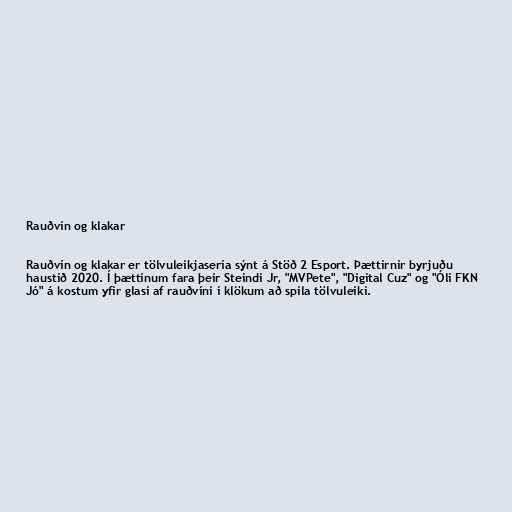
Rauðvín og klakar

Rauðvín og klakar er tölvuleikjasería sýnt á Stöð 2 Esport. Þættirnir byrjuðu
haustið 2020. Í þættinum fara þeir Steindi Jr, "MVPete", "Digital Cuz" og "Óli FKN
Jó" á kostum yfir glasi af rauðvíni í klökum að spila tölvuleiki.